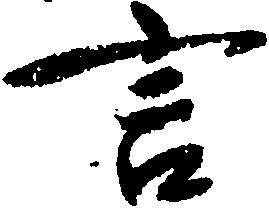
言